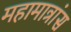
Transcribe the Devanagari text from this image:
महामात्रांस